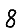
Digit: 8